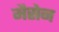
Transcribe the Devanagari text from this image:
मैसेन